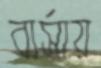
বার্সায়